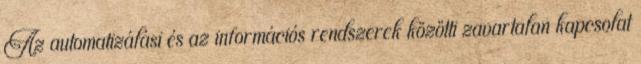
Az automatizálási és az információs rendszerek közötti zavartalan kapcsolat